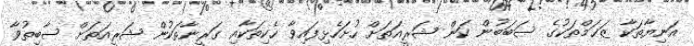
އަނިޔާތަކާ ޒަޚަމްތަކުގެ ސަބަބުން ކަން ޝަރީއަތަށް ހުށަހެޅިފައިވާ ހެކިތަކާއި ގަރީނާތަކުން ޝަރީއަތަށް ސާބިތުވާ